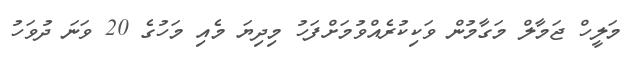
މަލީހް ޖަމާލް މަގާމުން ވަކިކުރެއްވުމަށްފަހު މިދިޔަ މެއި މަހުގެ 20 ވަނަ ދުވަހު